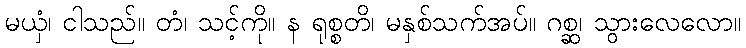
မယှံ၊ ငါသည်။ တံ၊ သင့်ကို။ န ရုစ္စတိ၊ မနှစ်သက်အပ်။ ဂစ္ဆ၊ သွားလေလော။